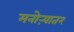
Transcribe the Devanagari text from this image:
मनोऱ्यात२